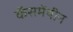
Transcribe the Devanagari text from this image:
कॅसमेंथीन